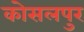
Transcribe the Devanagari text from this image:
कोसलपुर